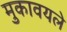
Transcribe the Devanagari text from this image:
मुकावयले